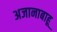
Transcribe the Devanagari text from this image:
अजानाबाहू